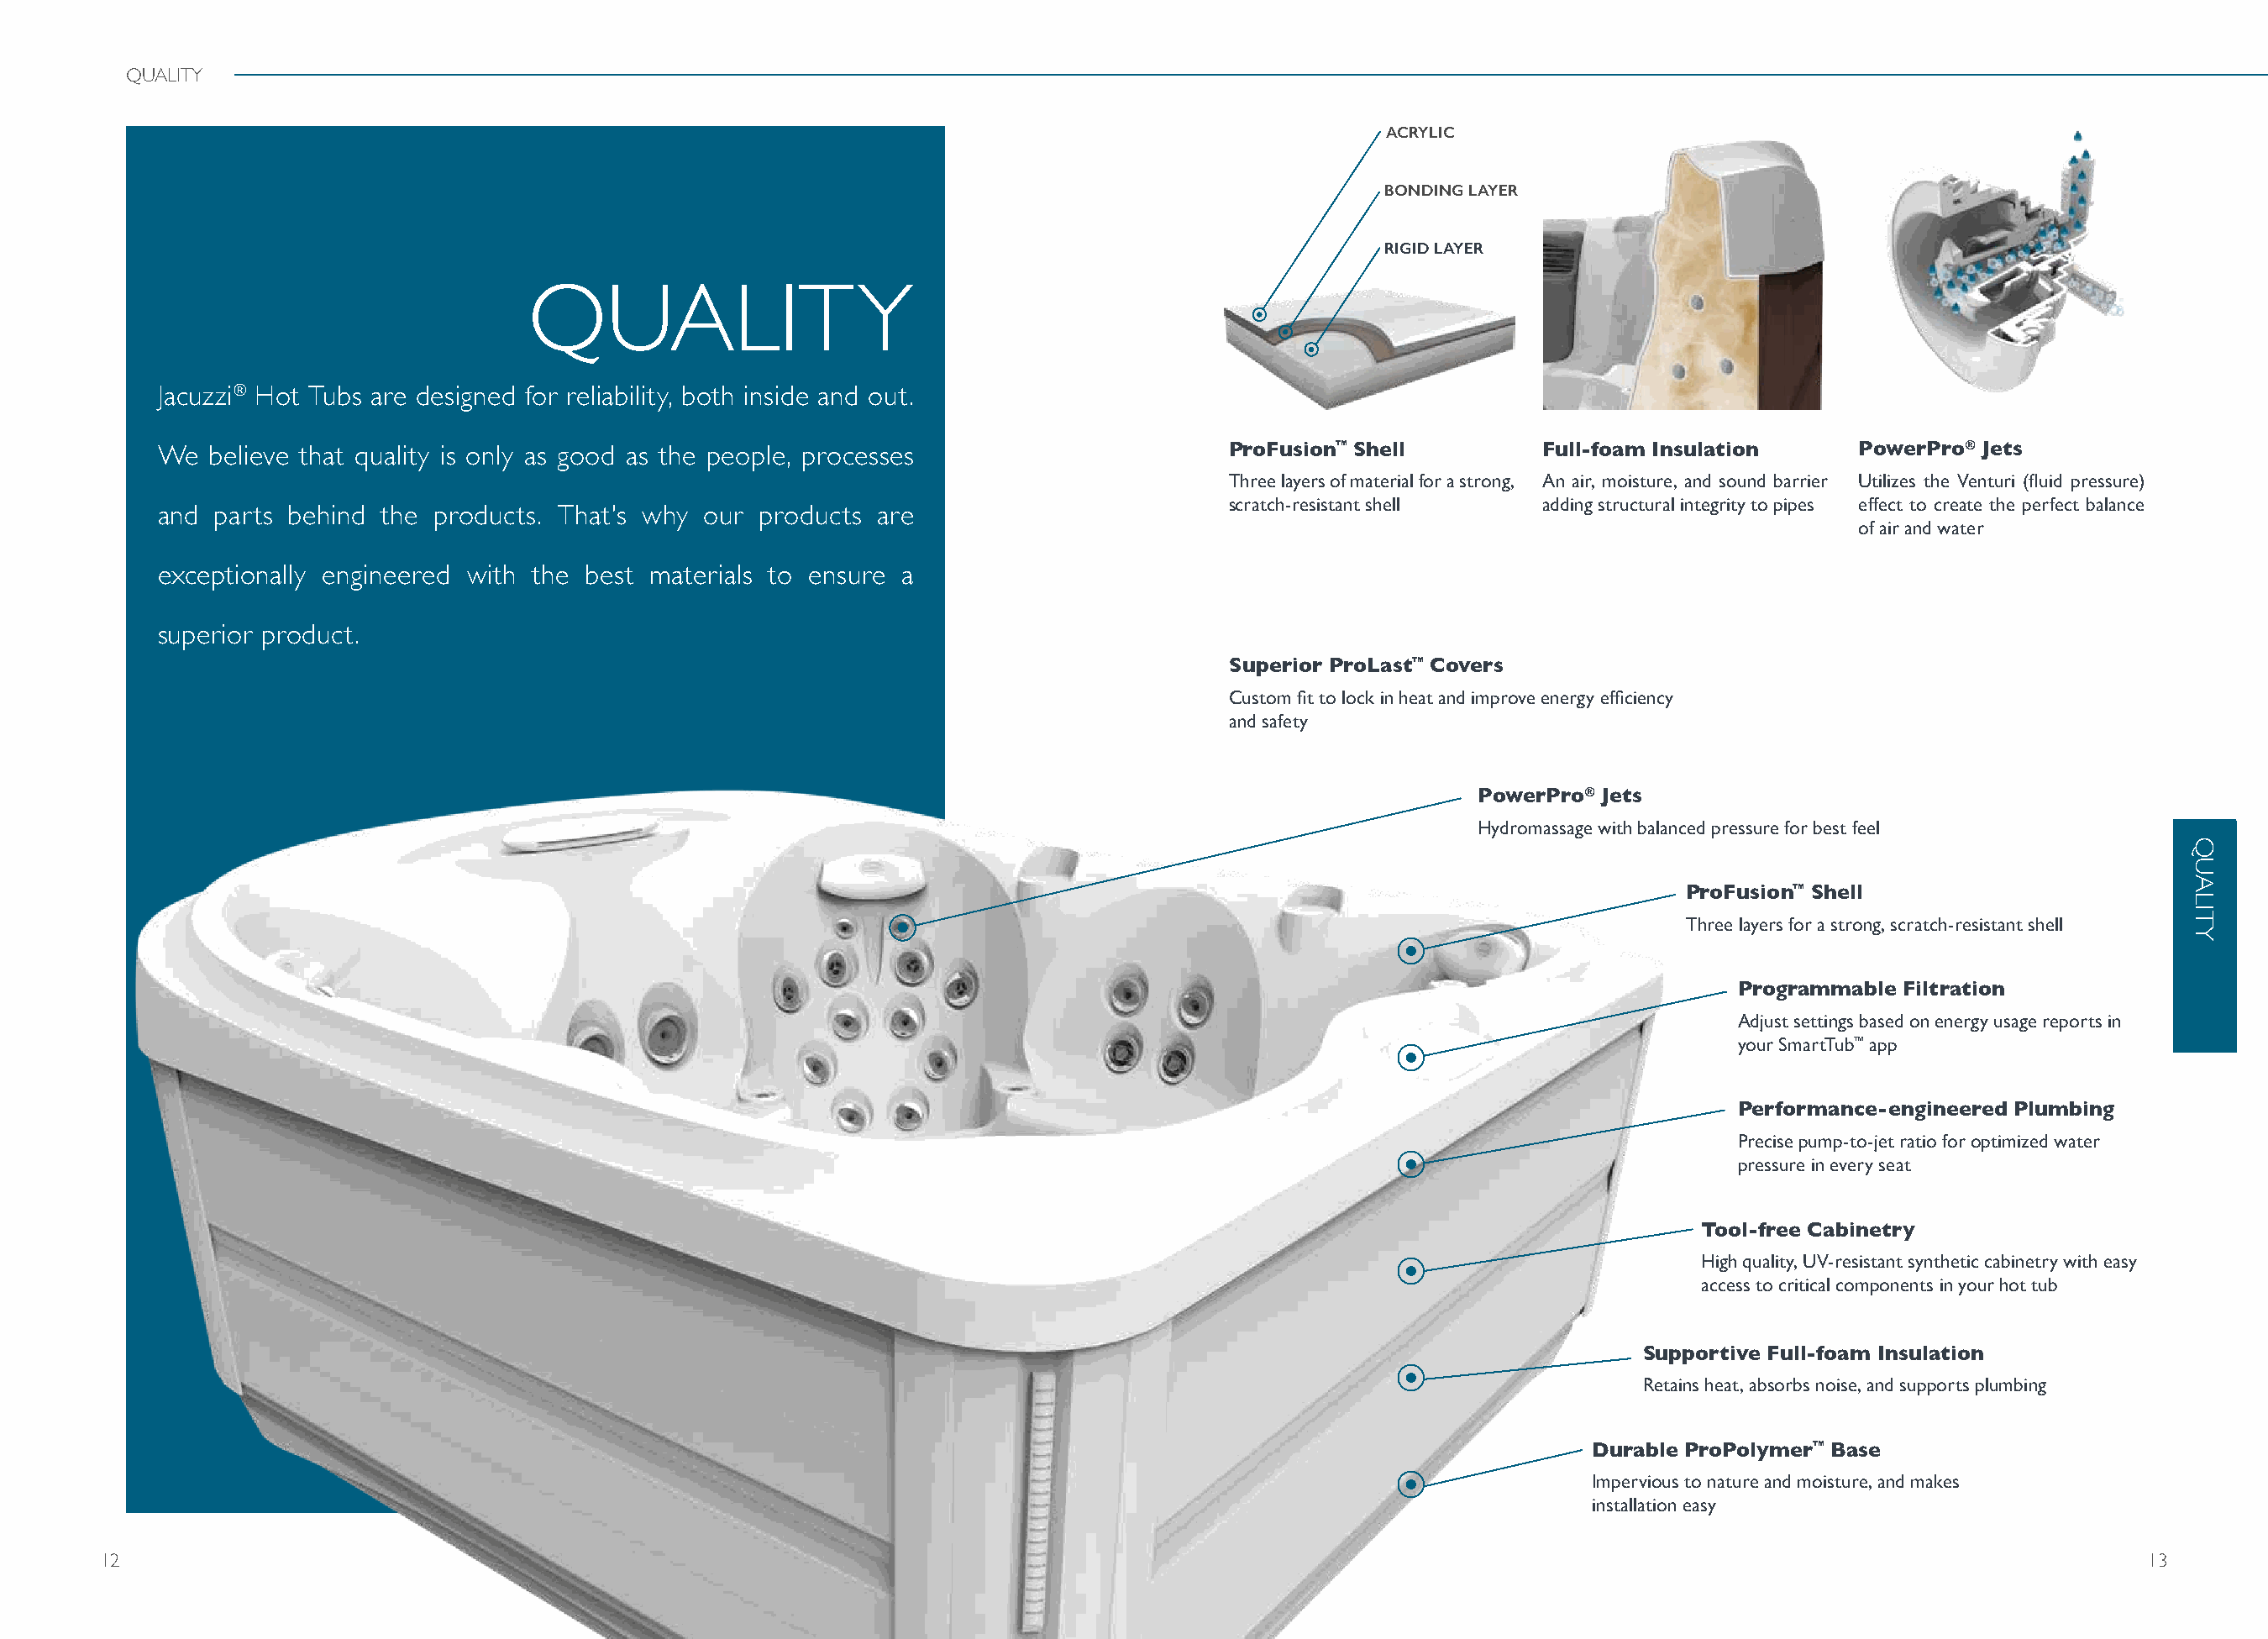
QUALITY
 ACRYLIC
 BONDING LAYER
 RIGID LAYER
 QUALITY
 Jacuzzi® Hot Tubs are designed for reliability, both inside and out.
 We   believe that quality is only as good as the people, processes                   ProFusion™ Shell         Full-foam Insulation    PowerPro® Jets
 Three layers of material for a strong, An air, moisture, and sound barrier Utilizes the Venturi (fluid pressure)
 scratch-resistant shell  adding structural integrity to pipes effect to create the perfect balance
 and  parts behind the products. That's why our  products are
 of air and water
 exceptionally engineered with the best materials to ensure a
 superior product.
 Superior ProLast™ Covers
 Custom fit to lock in heat and improve energy efficiency
 and safety
 PowerPro® Jets
 Hydromassage with balanced pressure for best feel
 ProFusion™ Shell
 Three layers for a strong, scratch-resistant shell
 Programmable Filtration
 Adjust settings based on energy usage reports in
 your SmartTub™ app
 Performance-engineered Plumbing
 Precise pump-to-jet ratio for optimized water
 pressure in every seat
 Tool-free Cabinetry
 High quality, UV-resistant synthetic cabinetry with easy
 access to critical components in your hot tub
 Supportive Full-foam Insulation
 Retains heat, absorbs noise, and supports plumbing
 Durable ProPolymer™ Base
 Impervious to nature and moisture, and makes
 installation easy
 12                                                                                                                                                               13
 QUALITY